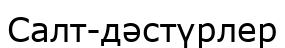
Салт-дәстүрлер